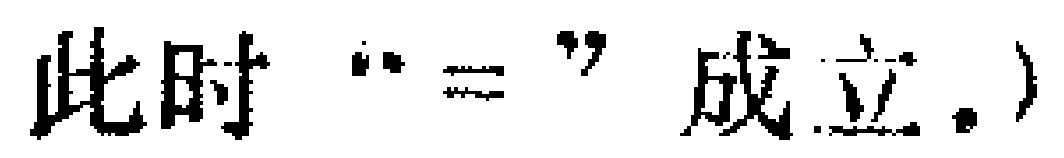
此时 “=” 成立.）